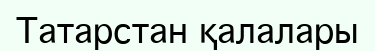
Татарстан қалалары